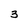
Character: 3